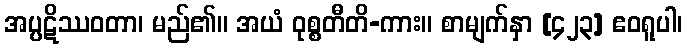
အပ္ပဋိဿဝတာ၊ မည်၏။ အယံ ဝုစ္စတီတိ-ကား။ စာမျက်နှာ [၄၂၃] ဧဝရူပါ၊